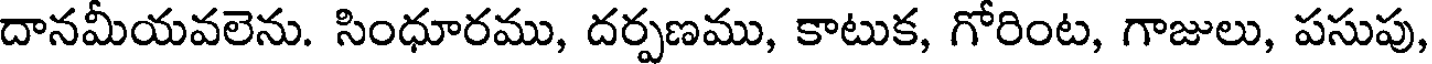
దానమీయవలెను. సింధూరము, దర్పణము, కాటుక, గోరింట, గాజులు, పసుపు,